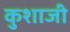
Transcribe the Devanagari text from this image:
कुशाजी